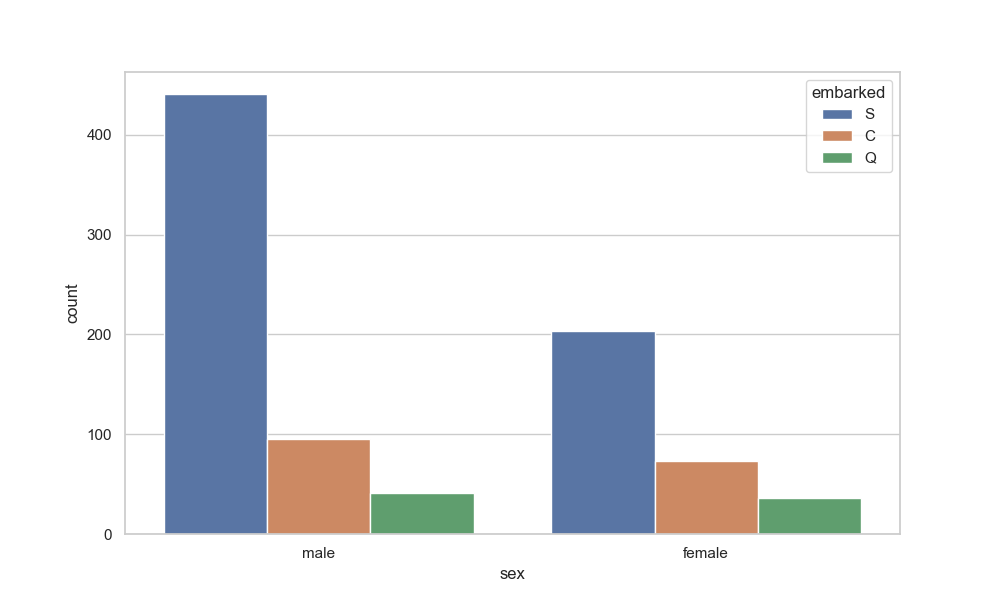
python, seaborn, countplot, x='sex', palette='deep', hue='embarked'